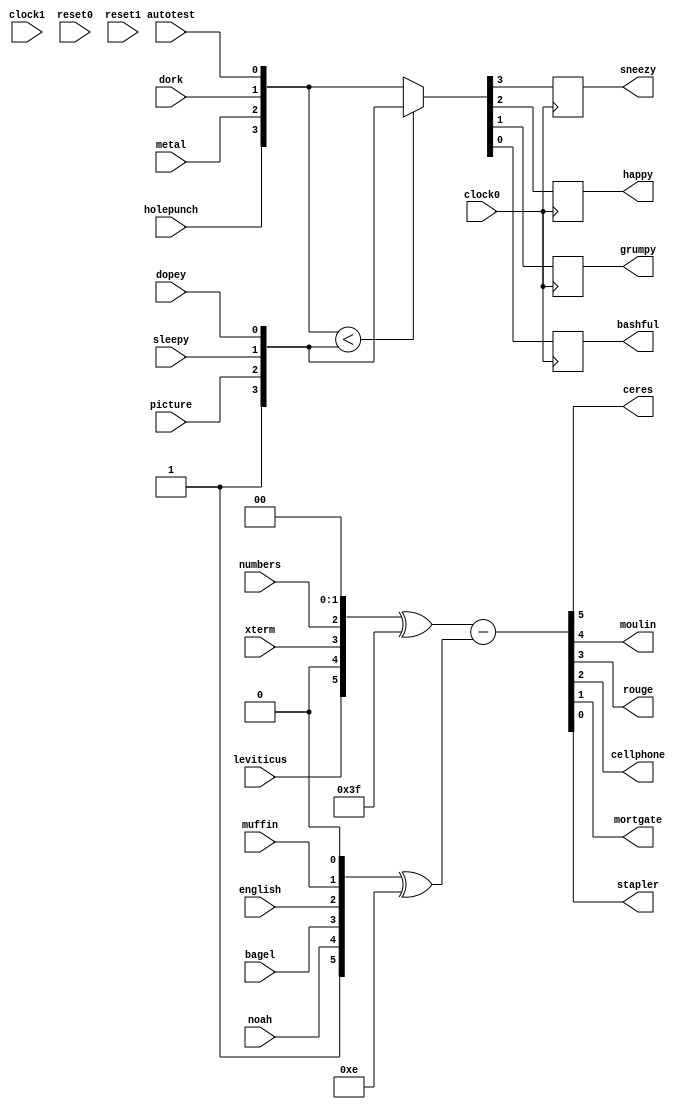
/////////////////////////////////////////////////////////////////
// Altera Corporation
//
// File - nut_001_deuteronomy.v
// 14 inputs 10 outputs
//
/////////////////////////////////////////////////////////////////
module nut_001_deuteronomy (
// inputs
 leviticus, xterm, numbers, noah, bagel, english,
      muffin, holepunch, metal, dork, autotest, picture,
      sleepy, dopey,

     // outputs
 ceres, moulin, rouge, cellphone, mortgate, stapler,
      sneezy, happy, grumpy, bashful,

     // tristate outputs


     clock0, clock1, reset0, reset1
);
  input leviticus;
  input xterm;
  input numbers;
  input noah;
  input bagel;
  input english;
  input muffin;
  input holepunch;
  input metal;
  input dork;
  input autotest;
  input picture;
  input sleepy;
  input dopey;
  input clock0, clock1, reset0, reset1;

  output ceres;
  output moulin;
  output rouge;
  output cellphone;
  output mortgate;
  output stapler;
  output sneezy;
  output happy;
  output grumpy;
  output bashful;

//tristate outs


//constants
  wire vcc;
  wire gnd;
  assign vcc = 1'b1;
  assign gnd = 1'b0;



  reg ceres;
  reg moulin;
  reg rouge;
  reg cellphone;
  reg mortgate;
  reg stapler;
  reg sneezy;
  reg happy;
  reg grumpy;
  reg bashful;


// 6 bit add sub
always @(leviticus or gnd or xterm or numbers or gnd or gnd or vcc or noah or bagel or english or muffin or gnd)
  begin
    {ceres,moulin,rouge,cellphone,mortgate,stapler} = 
		({leviticus,gnd,xterm,numbers,gnd,gnd} ^ 127) - 
		({vcc,noah,bagel,english,muffin,gnd} ^ 206);
  end


initial begin
    {sneezy,happy,grumpy,bashful} = 0;
end

// Viterbi style compare-select
always @(posedge clock0)
  begin
    if ({holepunch,metal,dork,autotest} < {vcc,picture,sleepy,dopey})
       {sneezy,happy,grumpy,bashful} <= {vcc,picture,sleepy,dopey};
    else
       {sneezy,happy,grumpy,bashful} <= {holepunch,metal,dork,autotest};
  end


endmodule